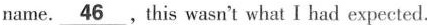
name. \underline{46}，this wasn't what I had expected.